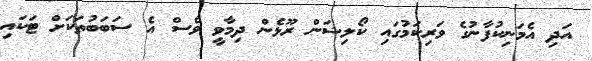
އަދި އެމަނިކުފާނުގެ ވަރިކަމުގައި ކޯލިޝަން ރޫޅެން ދިމާވީ ވެސް އެ ސަބަބުތަކަށް ޓަކައި